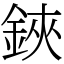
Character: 鋏